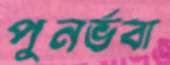
পুনর্ভবা